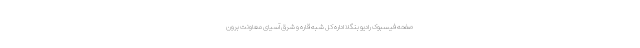
صفحه فیسبوک رادیو بنگلا اداره کل شبه قاره و شرق آسیای معاونت برون